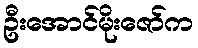
ဦးအောင်မိုးဇော်က